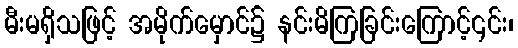
မီးမရှိသဖြင့် အမိုက်မှောင်၌ နင်းမိကြခြင်းကြောင့်၎င်း၊